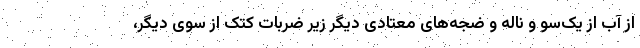
از آب از یک‌سو و ناله و ضجه‌های معتادی دیگر زیر ضربات کتک از سوی دیگر،